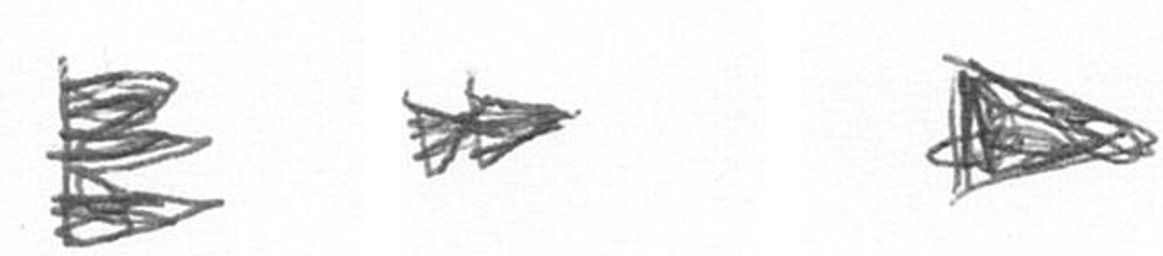
H A T